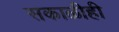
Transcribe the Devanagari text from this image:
सकाळीही